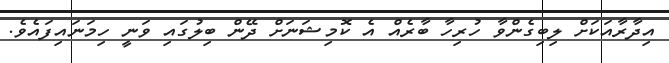
އިދާރާއަކަށް ލިބިގެންވާ ހުރިހާ ބާރެއް އެ ކޮމިޝަނަށް ދޭން ބިލުގައި ވަނީ ހިމަނައިފައެވެ.